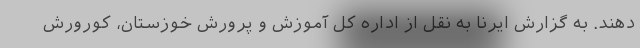
دهند. به گزارش ایرنا به نقل از اداره کل آموزش و پرورش خوزستان، کورورش